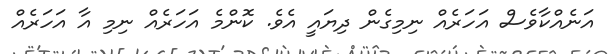
އަނެއްކާވެސް އަހަރެއް ނިމިގެން ދިޔައީ އެވެ. ކޮންމެ އަހަރެއް ނިމި އާ އަހަރެއް